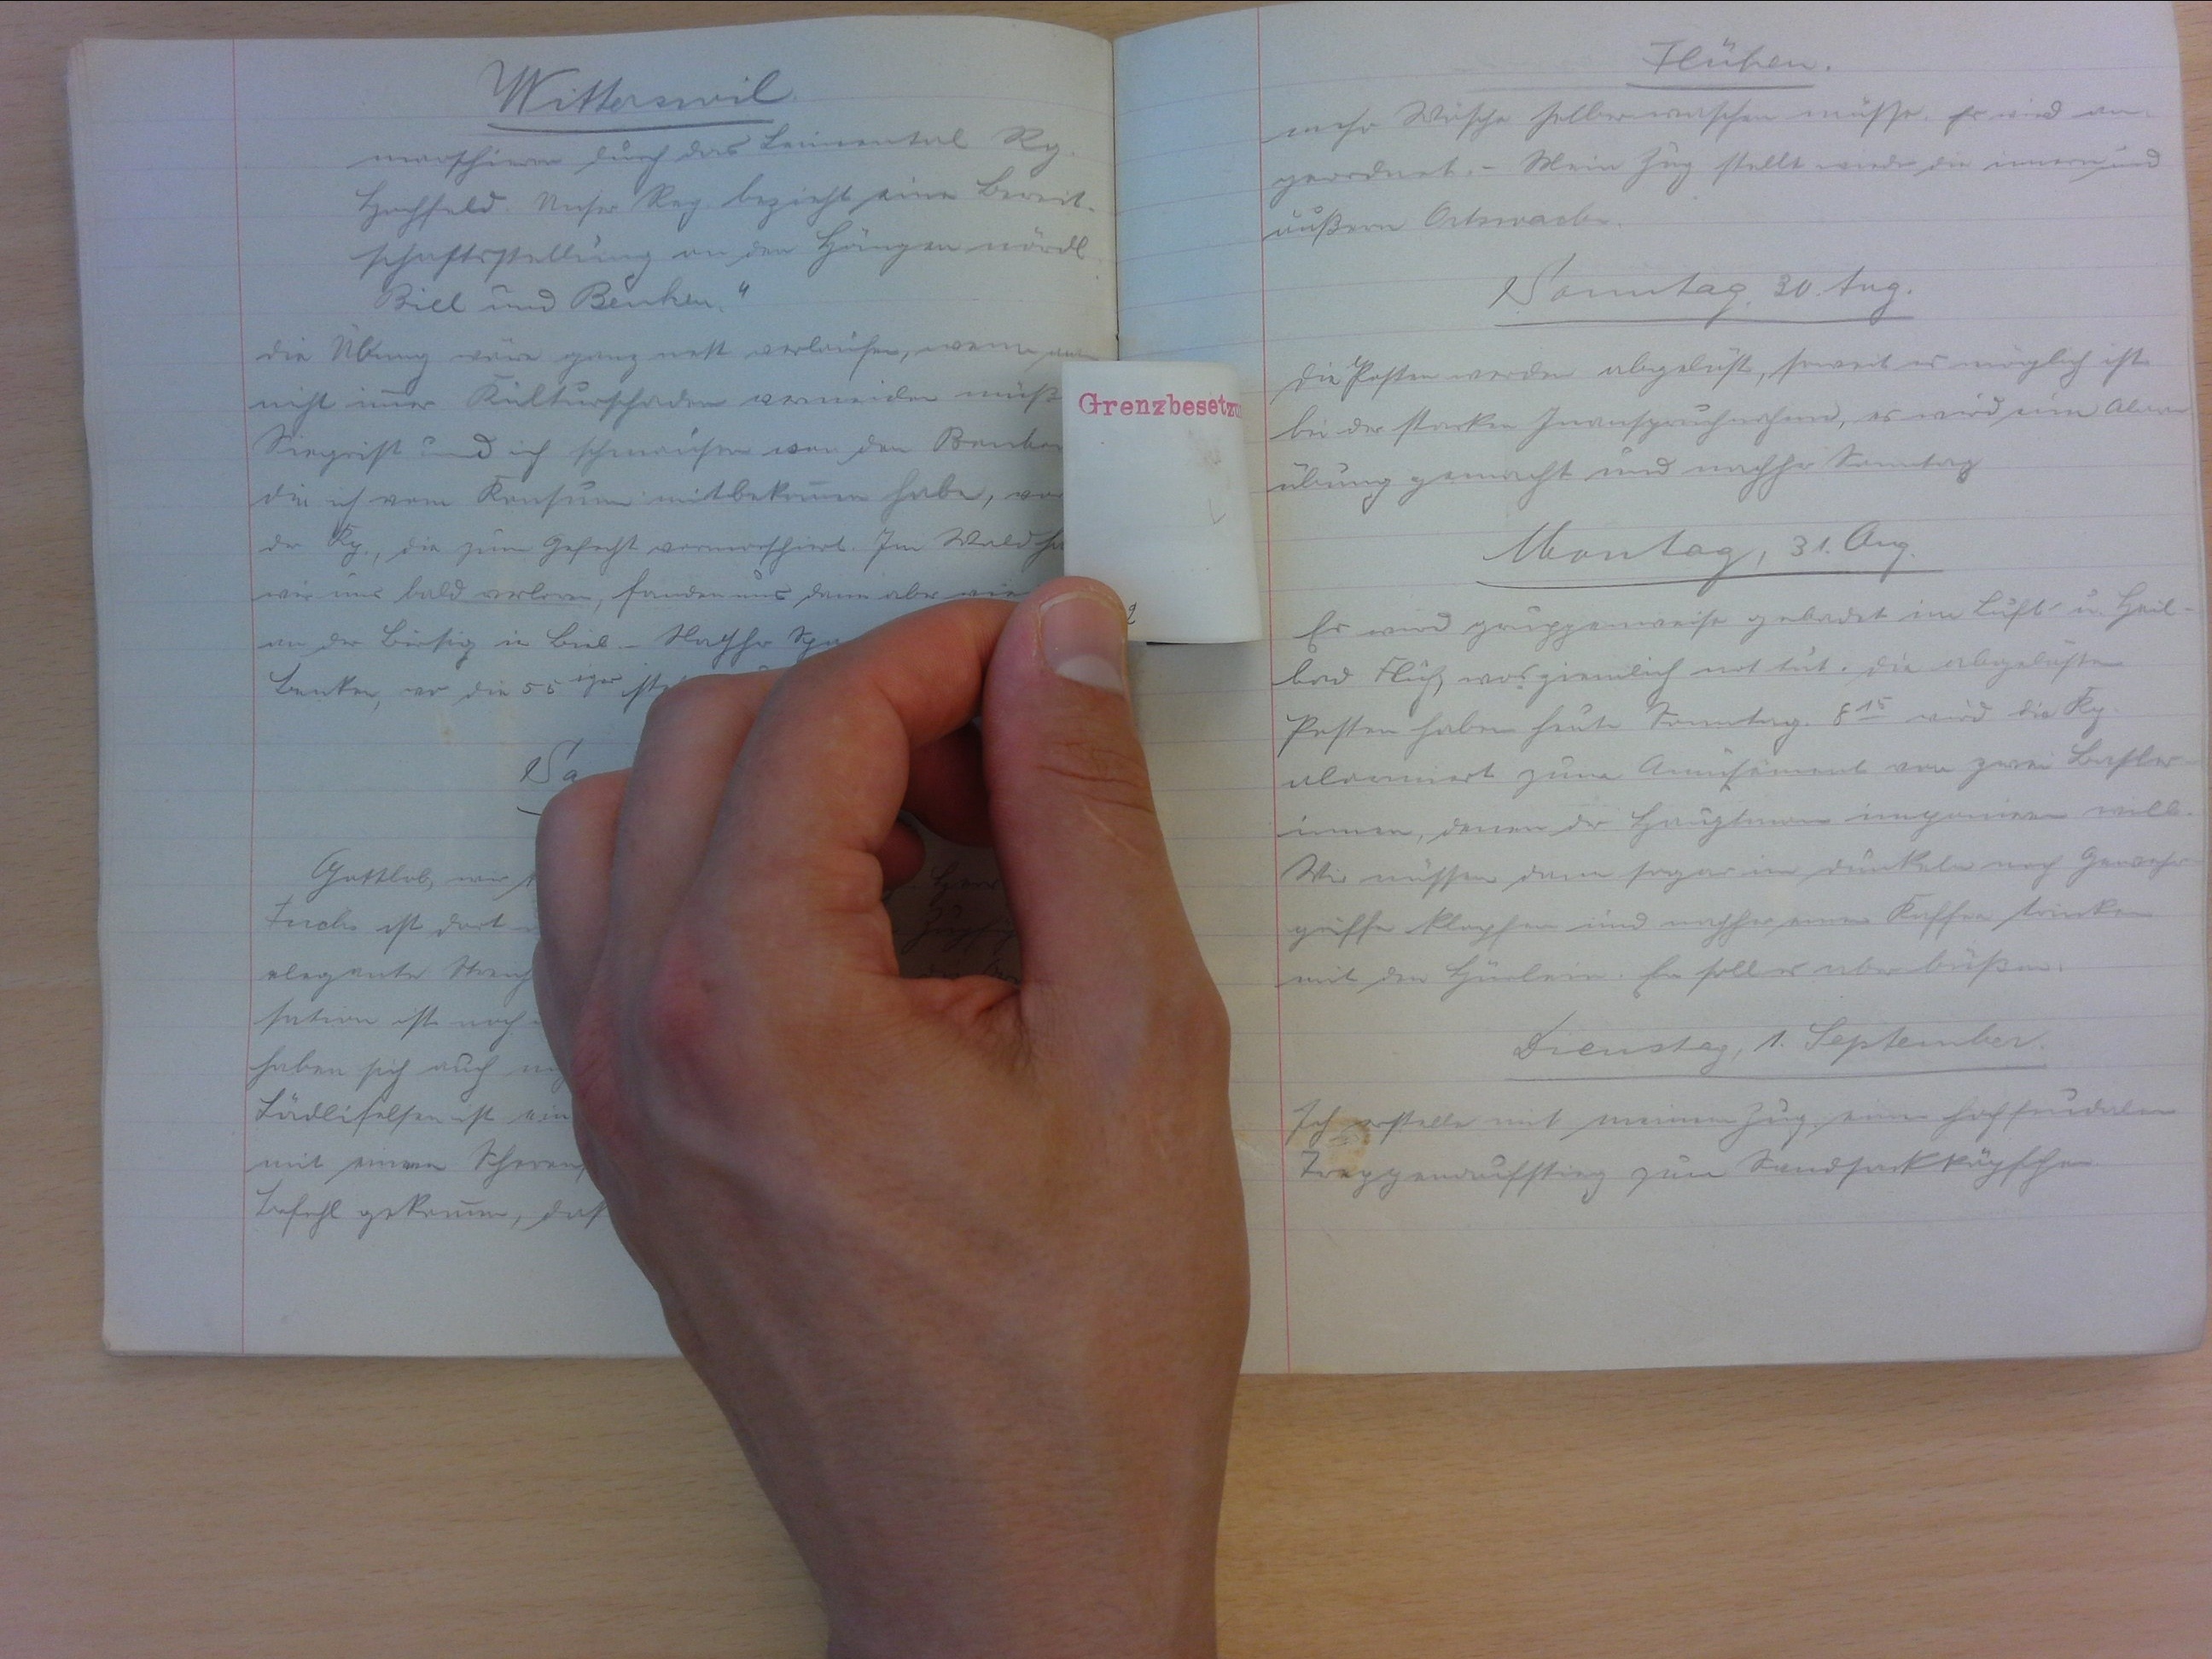
Flühen
mehr Wäsche selberwaschen müsse. Es wird an-
geordnet. Mein Zug stellt wieder die innere und
äussere Ortswache.
Samstag, 30. Aug.
Die Posten werden abgelöst, soweit es möglich ist
bei der starken Inanspruchnahme, so wird eine Alarm-
übung gemacht und nachher Sonntag.
Montag, 31. Aug.
Es wird gruppenweise gebadet im Luft- und Heil-
bad Flüh, was ziemlich not tut. Die abgelösten
Posten haben heute Sonntag. 815 wird die Kp.
alarmiert zum Amusement von zwei Basler-
innen, denen der Hauptmann imponieren will.
Wir müssen dann sogar im dunkeln noch Gewehr-
griffe klopfen und nachher einen Kaffee trinken
mit den Hürlein. Er soll es aber büssen.
Dienstag, 1. September
Ich erstelle mit meinem Zug einen hoch feudalen
Treppenaufstieg zum Sandsackköpfchen.